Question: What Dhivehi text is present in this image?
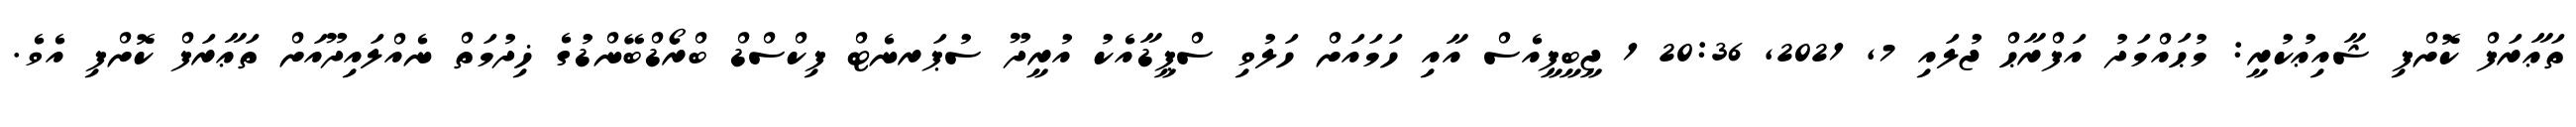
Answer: ތަޢާރަފް ކޮށްފި ޝާއިޢުކުރީ: މުޙައްމަދު އަފްރާޙް ޖުލައި 7, 2021, 20:36 1 ޖީބީޕީއެސް އާއި ހަމައަށް ހަލުވި ސްޕީޑާއެކު އުރީދޫ ސުޕަރނެޓް ފިކްސްޑް ބްރޯޑްބޭންޑުގެ ޚިދުމަތް ނެއްލައިދޫއަށް ތަޢާރަފް ކޮށްފި އެވެ.